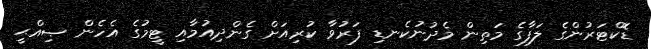
ޑޮކްޓަރުންގެ ލަފާގެ މަތިން މެދުނުކެނޑި ފަރުވާ ކުރިއަށް ގެންދިއުމާއި ޓީމުގެ އެހެން ޞިއްޙީ